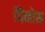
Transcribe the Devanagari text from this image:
पिनोस